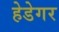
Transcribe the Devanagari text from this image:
हेडेगर